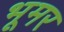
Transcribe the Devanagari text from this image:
भूमर